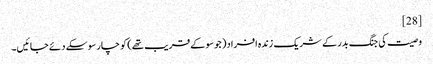
[28]
وصیت کی جنگ بدر کے شریک زندہ افراد( جو سو کے قریب تھے) کو چار سو سکے دئے جائیں۔